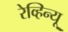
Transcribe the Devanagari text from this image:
रेव्हिन्यू